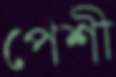
পেশী